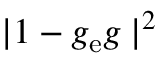
| 1 - g _ { \mathrm { e } } g _ { \mathrm { \ell } } | ^ { 2 }